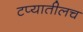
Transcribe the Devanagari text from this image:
टप्यातीलच